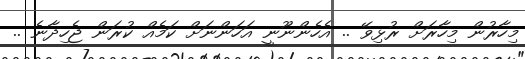
މިހާރުން މިހާރަށް ރުޅިވޭ .. އެހެންނޫނީ އަހަންނަށް ކަމެއް ކުރަން ޖެހިދާނެ ..